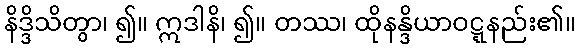
နိဒ္ဒိသိတွာ၊ ၍။ ဣဒါနိ၊ ၍။ တဿ၊ ထိုနန္ဒိယာဝဋ္ဋနည်း၏။